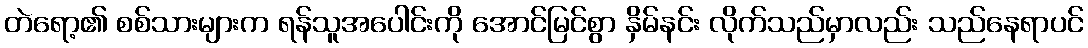
တဲရော့၏ စစ်သားများက ရန်သူအပေါင်းကို အောင်မြင်စွာ နှိမ်နင်း လိုက်သည်မှာလည်း သည်နေရာပင်